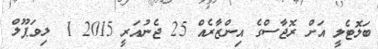
ބަލޮޓެލީ އަށް ރޮޖާސްގެ އިންޒާރެއް 25 ޖެނުއަރީ 2015 1  ލިވަޕޫލް